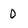
Character: 0